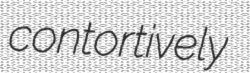
contortively